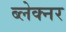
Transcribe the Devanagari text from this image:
ब्लेक्नर